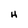
Character: H